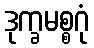
ဒုက္ခမစ္စဂုံ